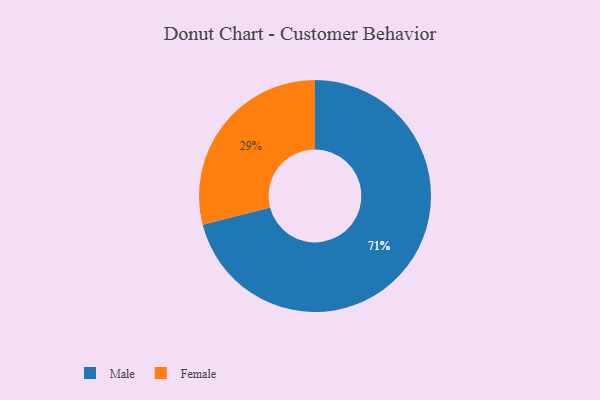
{"axis": {"x": "Category", "y": "Percentage"}, "legend": ["Female", "Male"], "data": [{"x": "Male", "y": 71, "type": "Male"}, {"x": "Female", "y": 29, "type": "Female"}]}